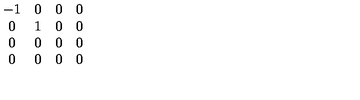
\begin{array} { c c c c } { - 1 } & { 0 } & { 0 } & { 0 } \\ { 0 } & { 1 } & { 0 } & { 0 } \\ { 0 } & { 0 } & { 0 } & { 0 } \\ { 0 } & { 0 } & { 0 } & { 0 } \\ \end{array}